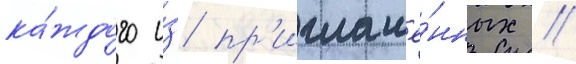
ка́ждого и́з пр'иглашё́нных //